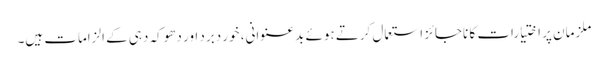
ملزمان پر اختیارات کا ناجائز استعمال کرتے ہوئے بدعنوانی، خور دبرد اور دھوکہ دہی کے الزامات ہیں۔